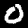
Digit: 0